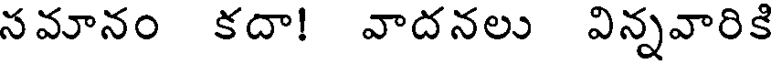
సమానం కదా! వాదనలు విన్నవారికి